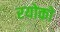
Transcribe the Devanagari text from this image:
रयोको